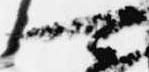
可